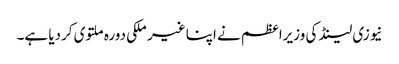
نیوزی لینڈ کی وزیراعظم نے اپنا غیر ملکی دورہ ملتوی کردیا ہے۔